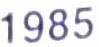
1985